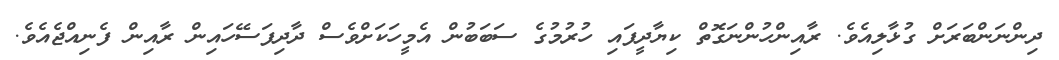
ދިންނަންބަރަށް ގުޅާލިއެވެ. ރާއިންހުންނަގޮތް ކިޔާދީފައި ހުރުމުގެ ސަބަބުން އެމީހަކަށްވެސް ދާދިފަސޭހައިން ރާއިން ފެނިއްޖެއެވެ.